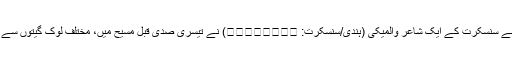
بعض روایات کے مطابق اسے سنسکرت کے ایک شاعر والمیکی (ہندی/سنسکرت: वाल्मीकि) نے تیسری صدی قبل مسیح میں، مختلف لوک گیتوں سے استفادہ کرکے تالیف کیا تھا۔